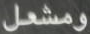
ومشعل